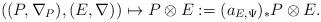
LaTeX: \begin{align*}((P,\nabla_P),(E,\nabla))\mapsto P\otimes E :=(a_{E,\Psi})_{*}P\otimes E.\end{align*}